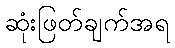
ဆုံးဖြတ်ချက်အရ